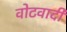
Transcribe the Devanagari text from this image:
वोटवादी